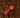
هي